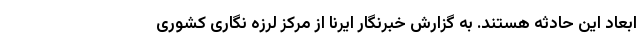
ابعاد این حادثه هستند. به گزارش خبرنگار ایرنا از مرکز لرزه نگاری کشوری